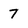
Character: 7